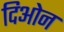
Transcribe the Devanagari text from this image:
दिओन